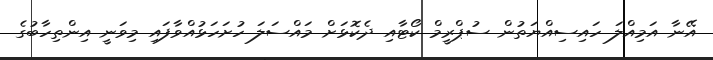
އޭނާ އަމިއްލަ ހައިސިއްޔަތުން ސުޕްރީމް ކޯޓާއި ދެކޮޅަށް މައްސަލަ ހުށަހަޅުއްވާފައި މިވަނީ އިންތިހާބުގެ